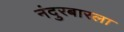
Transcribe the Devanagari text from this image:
नंदुरबारला